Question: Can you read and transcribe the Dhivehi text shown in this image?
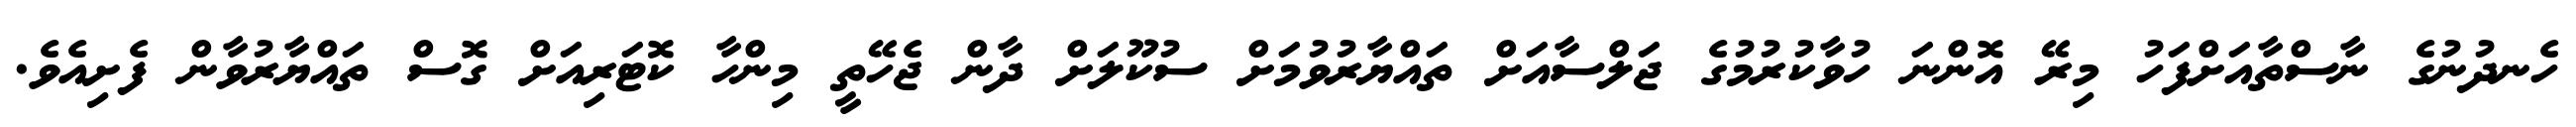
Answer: ހެނދުނުގެ ނާސްތާއަށްފަހު މިރޭ އޮންނަ ހުވާކުރުމުގެ ޖަލްސާއަށް ތައްޔާރުވުމަށް ސުކޫލަށް ދާން ޖެހޭތީ މިންހާ ކޮޓަރިއަށް ގޮސް ތައްޔާރުވާން ފެށިއެވެ.